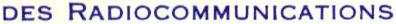
DES RADIOCOMMUNICATIONS